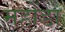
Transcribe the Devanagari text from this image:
महोंडा